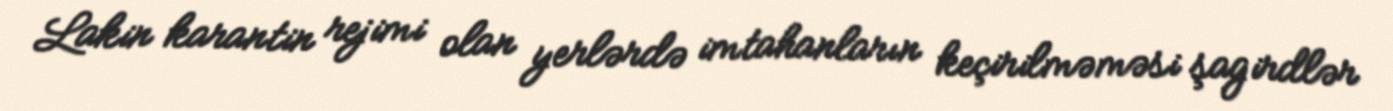
Lakin karantin rejimi olan yerlərdə imtahanların keçirilməməsi şagirdlər